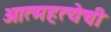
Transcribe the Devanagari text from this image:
आत्महत्येची